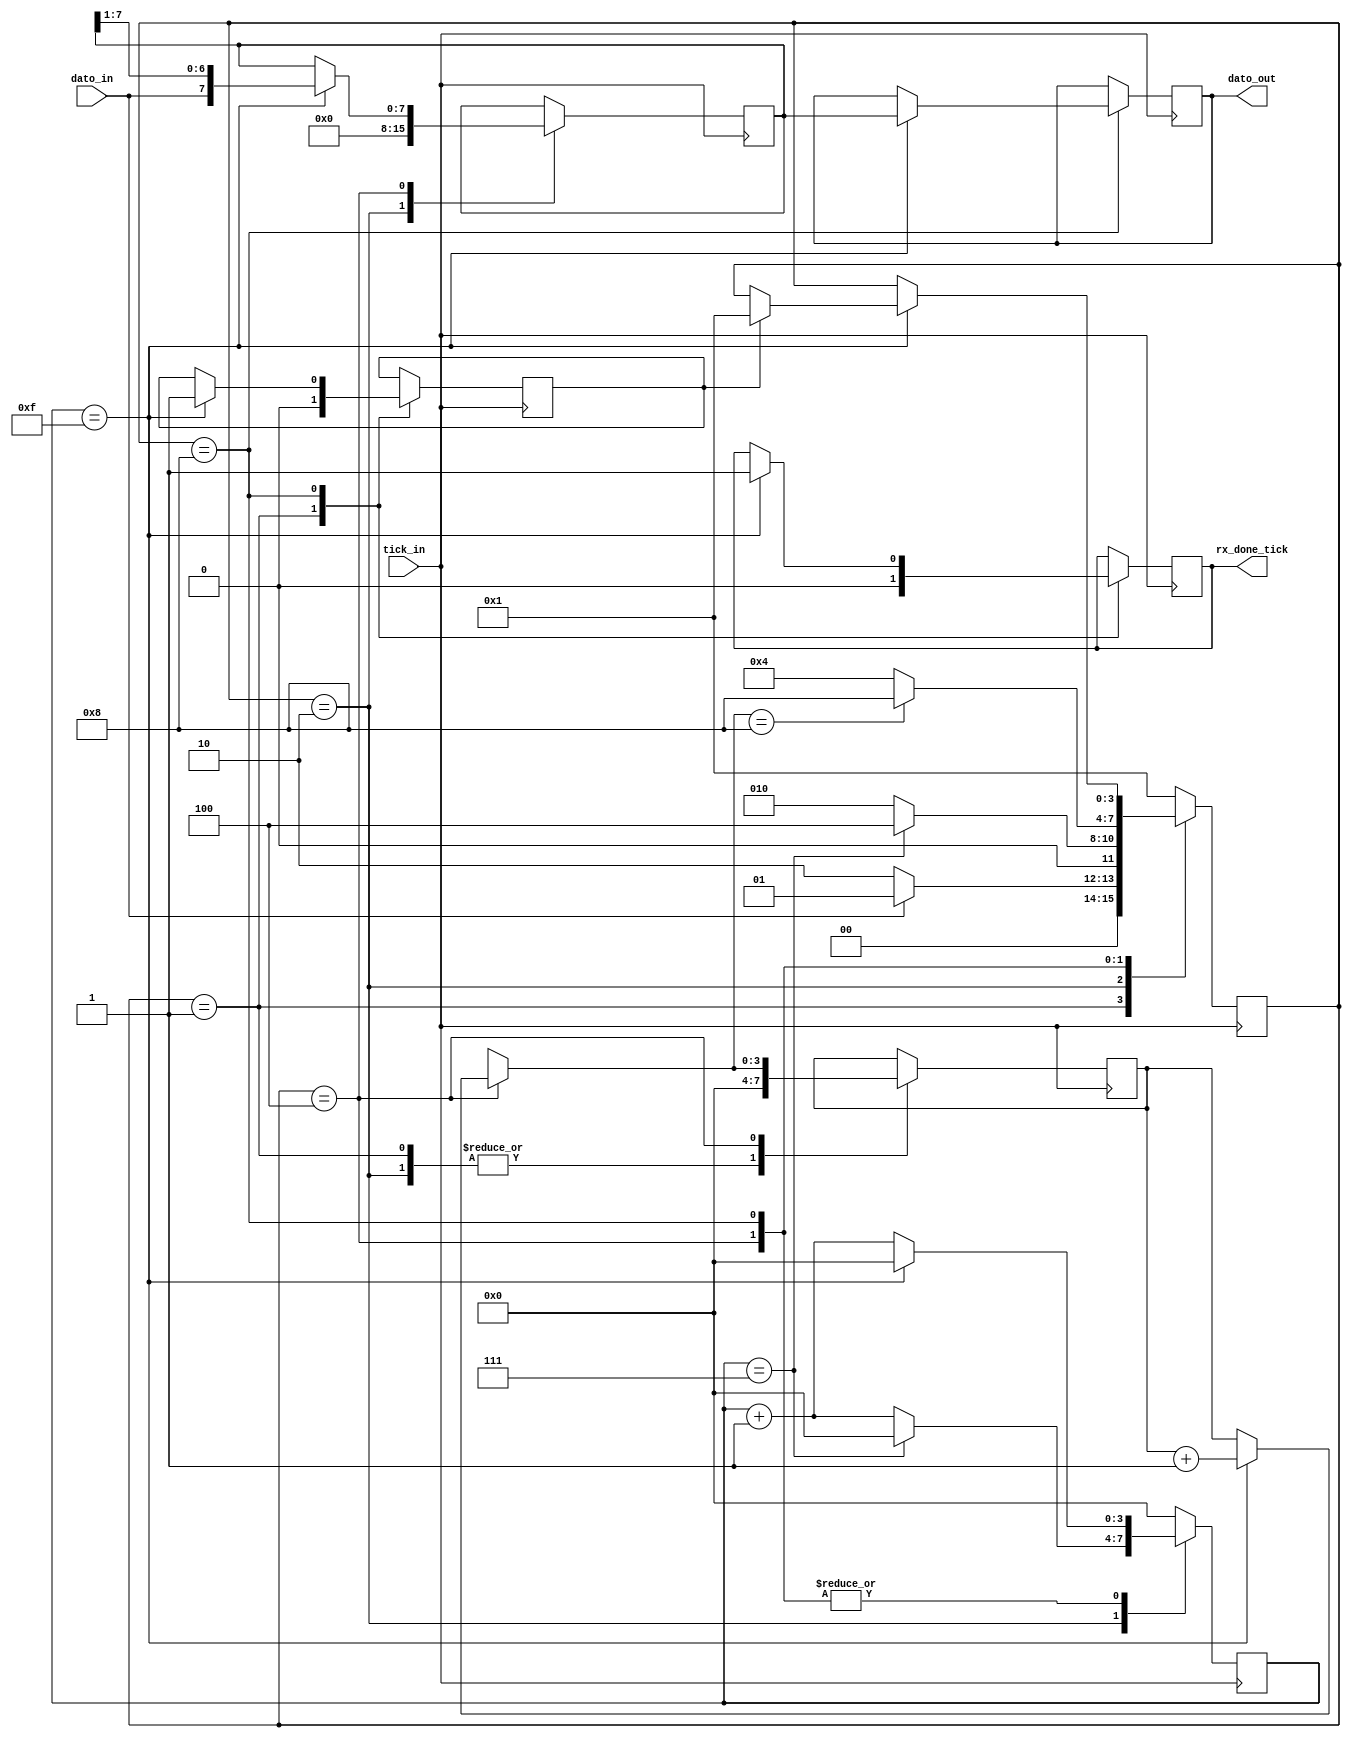
`timescale 1ns / 1ps
//////////////////////////////////////////////////////////////////////////////////
// Company: 
// Engineer: 
// 
// Design Name: 
// Module Name:    Rx 
// Project Name: 
// Target Devices: 
// Tool versions: 
// Description: 
//
// Dependencies: 
//
// Revision: 
// Revision 0.01 - File Created
// Additional Comments: 
//
//////////////////////////////////////////////////////////////////////////////////

`define D_BIT 7 //Por ser de 0 a 7 son 8 bits.

module Rx(input dato_in,	
			input tick_in,
			output reg [`D_BIT:0] dato_out,
			output reg rx_done_tick
    );

	localparam [3:0] IDLE = 4'b0001,
						  START = 4'b0010,
						  DATA = 4'b0100,
						  STOP = 4'b1000;
	
	reg [`D_BIT:0] shift;				  
	reg [3:0] estado_actual, estado_siguiente;
	reg [3:0] tickCounter; //ES el s que esta en las filminas, cuenta la cantidad de ticks del baud rate generator
	reg [3:0] dataCounter; //Es el n que esta en las filminas del TP, cuenta los bits que se van leyendo.
	reg cambioEstado;
	
	initial dato_out = 0;
	initial rx_done_tick = 0;
	initial estado_actual = IDLE;
	initial estado_siguiente = IDLE; //Este no se usa porque los estados se cambian directamente en el always, ver always de logica de cambio de estado. Esta al final
	
	//Logica de tickCounter
/*	always @(posedge tick_in)
	begin
		case(estado_actual)
			IDLE:
				begin
					tickCounter = 0;
				end
			START:
				begin
					if(tickCounter == 7)
						begin
							tickCounter = 0;
						end
					else
						begin
							tickCounter = tickCounter +1;
						end
				end
			DATA:
				begin
					if(tickCounter == 15)
						begin
							tickCounter = 0;
						end
					else
						begin
							tickCounter = tickCounter +1;
						end
				end
			STOP:
				begin
					tickCounter = 0;
				end
			default:
				begin
					tickCounter = 0;
				end
		endcase
	end //Always tickCounter*/
	
	always@ (posedge tick_in) //En esta lista quizas solo tengamos que poner el tick_in.
	begin
		case(estado_actual)
			IDLE:
				begin
					cambioEstado = 0;
					tickCounter = 0;
					dataCounter = 0;
					rx_done_tick = 0;
					if(dato_in == 0)
						begin
							//cambioEstado = 1;
							estado_actual = START; //Se cambia de estado.
						end
					else
						begin
							estado_actual = IDLE; //Mantiene el estado. 
						end
					//No pongo el else porque esta asignado por defecto el valor de cambioEstado antes del if, entonces no va a generar latch.
				end
			START:
				begin
					//cambioEstado = 0;
					shift = 0;
					dataCounter = 0; //Es el n que esta en las filminas del TP, cuenta los bits que se van leyendo.
					
					if(tickCounter == 7) //Estoy a la mitad del bit de start.
						begin
							//cambioEstado = 1;
							tickCounter = 0;
							estado_actual = DATA; //Se cambia de estado.
						end
					else
						begin
							tickCounter = tickCounter +1;
							estado_actual = START; //Mantiene el estado.
						end
				end
			DATA:
				begin
					//cambioEstado = 0;
					//Se ve si hay que tomar el dato.
					
					if(tickCounter == 15)
						begin
							shift = shift >> 1;
							shift = {dato_in, shift[`D_BIT-1:0]};
							dataCounter = dataCounter + 1;
							tickCounter = 0;
						end
					else
						begin
							tickCounter = tickCounter +1;
							shift = shift;
							dataCounter = dataCounter;
						end
					
					//Se ve si ya se tomaron todos los datos.
					if (dataCounter == `D_BIT+1) //D_BIT vale 7 y se esperan 8 bits por eso el +1. En el diagrma de estados resta porque actualiza el dataCounter despues de esto, aca se actualiza apenas se agrega el dato al shift register, en el if de arriba.
						begin
							//cambioEstado = 1;
							estado_actual = STOP; //Cambia el estado.
						end
					else
						begin
							//cambioEstado = 0;
							estado_actual = DATA; //Mantiene el estado.
						end
				end
			STOP:
				begin
					//cambioEstado = 0;
					//Se espera hasta estar en la mitad del bit de stop.
	
					if(tickCounter == 15)
						begin
							if(cambioEstado == 1)
								estado_actual = IDLE;
							cambioEstado = 1;
							
							//estado_actual = IDLE; //Cambia el estado.
							rx_done_tick = 1;
							dato_out = shift;
							tickCounter = 0;
						end
					else
						begin
							tickCounter = tickCounter +1;
						end
				end
			default:
				begin
					//estado_siguiente = IDLE; //En caso de un estado invalido, el semaforo pasa a la secuencia de alternar luces
					estado_actual = IDLE;
					tickCounter = 0;
				end
		endcase
	end//always de logica de salida
	
	
	//Logica de cambio de estado
/*	always@ (posedge cambioEstado)
	begin
		case(estado_actual)
			IDLE:
				begin
					//estado_siguiente = START;
					estado_actual = START;
				end
			START:
				begin
					//estado_siguiente = DATA;
					estado_actual = DATA;
				end
			DATA:
				begin
					//estado_siguiente = STOP;
					estado_actual = STOP;
				end
			STOP:
				begin
					//estado_siguiente = IDLE;
					estado_actual = IDLE;
				end
			default:
				begin
					//estado_siguiente = IDLE; //En caso de un estado invalido, el semaforo pasa a la secuencia de alternar luces
					estado_actual = IDLE;
				end
		endcase
	end //always de logica cambio de estado*/

endmodule